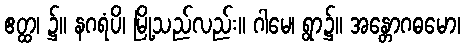
ဧတ္ထ၊ ၌။ နဂရံပိ၊ မြို့သည်လည်း။ ဂါမေ၊ ရွာ၌။ အန္တောဂဓမော၊